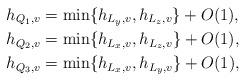
LaTeX: \begin{align*}h_{Q_1,v}&=\min \{h_{L_y,v},h_{L_z,v}\}+O(1),\\h_{Q_2,v}&=\min \{h_{L_x,v},h_{L_z,v}\}+O(1),\\h_{Q_3,v}&=\min \{h_{L_x,v},h_{L_y,v}\}+O(1),\end{align*}